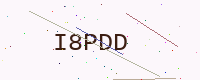
Text: I8PDD